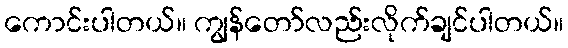
ကောင်းပါတယ်။ ကျွန်တော်လည်းလိုက်ချင်ပါတယ်။